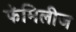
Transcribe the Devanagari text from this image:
फॅमिलीज